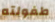
طفولته